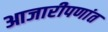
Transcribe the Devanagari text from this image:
आजारीपणांत